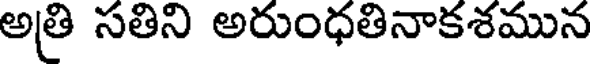
అత్రి సతిని అరుంధతినాకశమున